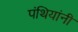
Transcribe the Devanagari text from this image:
पंथियांनी